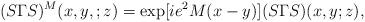
LaTeX: \begin{align*}(S\Gamma S)^M(x,y,;z) = \exp[ie^2M(x-y)] (S\Gamma S)(x,y;z),\end{align*}